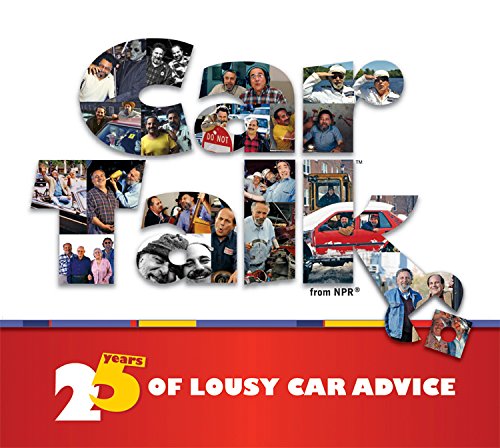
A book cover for Car Talk: 25 Years of Lousy Car Advice; Ray Magliozzi; Humor & Entertainment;